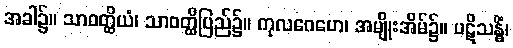
အခါ၌။ သာဝတ္ထိယံ၊ သာဝတ္ထိပြည်၌။ ကုလဂေဟေ၊ အမျိုးအိမ်၌။ ပဋိသန္ဓိံ၊